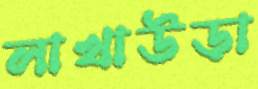
লাখাউড়া